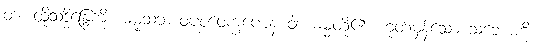
တံ၊ ထိုသဒ္ဓိန္ဒြေကို။ ဓမ္မသဘာဝပစ္စဝေက္ခဏေန ဝါ၊ ဓမ္မတို့၏ ဟုတ်မှန်သော သဘောကို